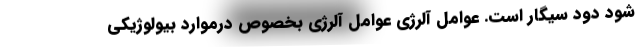
شود دود سیگار است. عوامل آلرژی عوامل آلرژی بخصوص درموارد بیولوژیکی